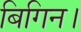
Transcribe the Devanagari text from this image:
बिगिन।